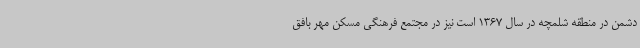
دشمن در منطقه شلمچه در سال 1367 است نیز در مجتمع فرهنگی مسکن مهر بافق